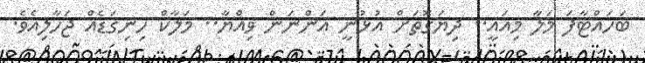
ބަހައްޓާފަ މަލާ މިއައީ.. ދިޔަގޮތަށް އުޅުނީ އަންނަން ވިއްޔާ.. މަލާކް ހިނިގަޑެއް ޖަހާލިއެވެ.